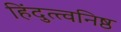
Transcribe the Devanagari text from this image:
हिंदुत्त्वनिष्ठ